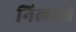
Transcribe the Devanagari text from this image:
निलाखे